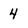
Character: 4